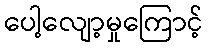
ပေါ့လျော့မှုကြောင့်